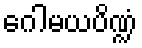
ဂေါမယပိဏ္ဍံ